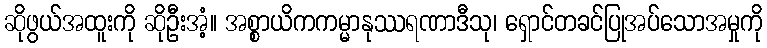
ဆိုဖွယ်အထူးကို ဆိုဦးအံ့။ အစ္စာယိကကမ္မာနုဿရဏာဒီသု၊ ရှောင်တခင်ပြုအပ်သောအမှုကို